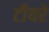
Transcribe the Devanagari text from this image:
टीयरे